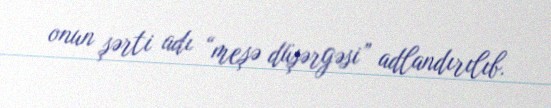
onun şərti adı “meşə düşərgəsi” adlandırılıb.